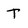
Character: T